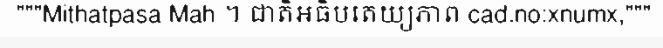
"""Mithatpasa Mah ។ ជាតិអធិបតេយ្យភាព cad.no:xnumx,"""